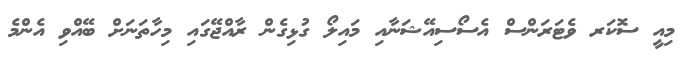
މިއީ ސޮކަރ ވެޓަރަންސް އެސޯސިއޭޝަނާއި މައިލޯ ގުޅިގެން ރާއްޖޭގައި މިހާތަނަށް ބޭއްވި އެންމެ